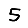
Digit: 5